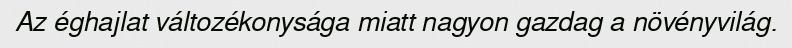
Az éghajlat változékonysága miatt nagyon gazdag a növényvilág.